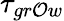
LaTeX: \tau_{gr\mathcal{O}w}